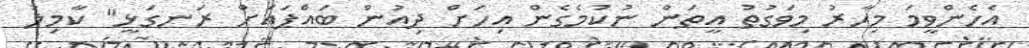
އެހެންވީމަ މިހާރު މިވަގުތު އީތަން ނުކުމެގެން އިހަށް ދިއުން ބައްޕައަށް ރަނގަޅީ" ކާމިލު